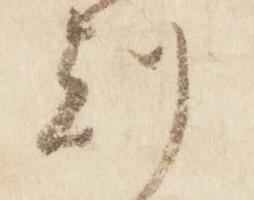
刻